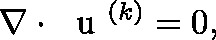
\nabla \cdot { \mathrm { ~ \boldmath ~ u ~ } } ^ { ( k ) } = 0 ,